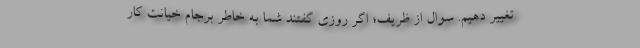
تغییر دهیم. سوال از ظریف؛ اگر روزی گفتند شما به خاطر برجام خیانت کار